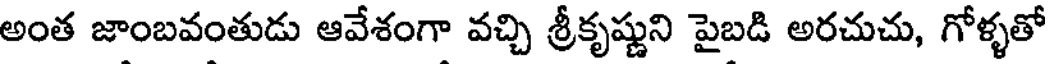
అంత జాంబవంతుడు ఆవేశంగా వచ్చి శ్రీకృష్ణుని పైబడి అరచుచు, గోళ్ళతో